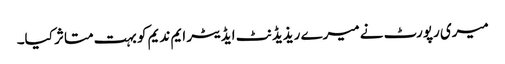
میری رپورٹ نے میرے ریذیڈنٹ ایڈیٹر ایم ندیم کو بہت متاثر کیا۔